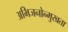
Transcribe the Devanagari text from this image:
अभिजनोन्मुखता